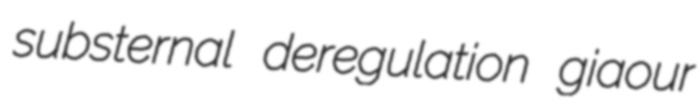
substernal deregulation giaour